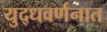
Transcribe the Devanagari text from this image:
युद्धवर्णनात